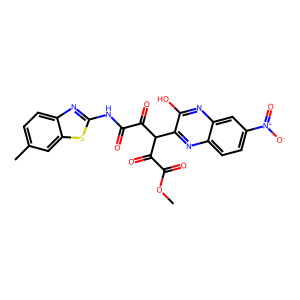
SMILES: COC(=O)C(=O)C(C(=O)C(=O)Nc1nc2ccc(C)cc2s1)c1nc2ccc([N+](=O)[O-])cc2nc1O
Inhibits HIV replication: No